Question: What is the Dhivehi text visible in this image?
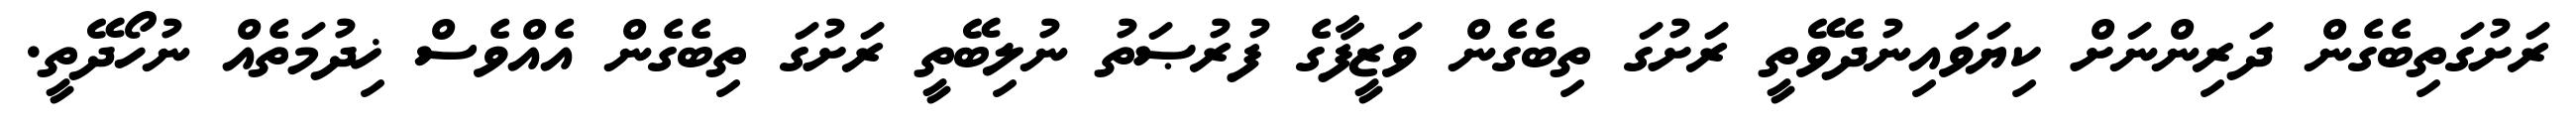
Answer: ރަށުގަތިބެގެން ދަރިންނަށް ކިޔަވައިނުދެވޭތީ ރަށުގަ ތިބެގެން ވަޒީފާގެ ފުރުޞަތު ނުލިބޭތީ ރަށުގަ ތިބެގެން އެއްވެސް ޚިދުމަތެއް ނުހޯދޭތީ.